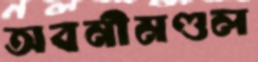
অবনীমণ্ডল